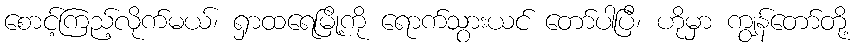
စောင့်ကြည့်လိုက်မယ်၊ ရှာထရေမြို့ကို ရောက်သွားယင် တော်ပါပြီ၊ ဟိုမှာ ကျွန်တော်တို့